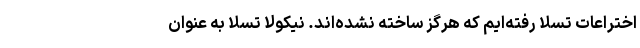
اختراعات تسلا رفته‌ایم که هرگز ساخته نشده‌اند. نیکولا تسلا به عنوان